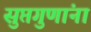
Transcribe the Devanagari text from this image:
सुप्तगुणांना